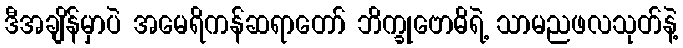
ဒီအချိန်မှာပဲ အမေရိကန်ဆရာတော် ဘိက္ခုဗောဓိရဲ့ သာမညဖလသုတ်နဲ့